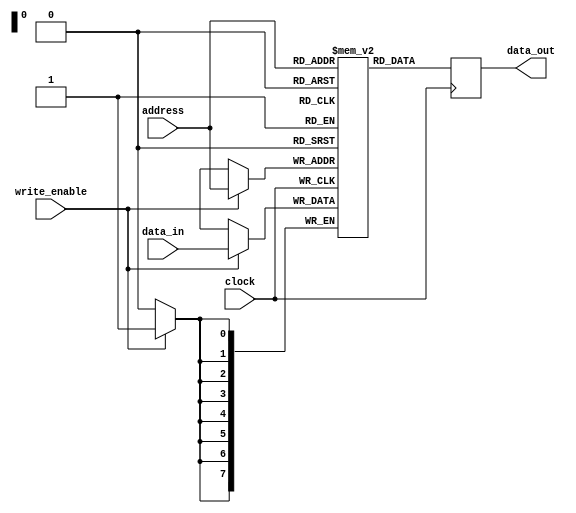
module shadow_register_file(
    input [7:0] address,
    input [7:0] data_in,
    input write_enable,
    input clock,
    output reg [7:0] data_out
);

reg [7:0] memory_blocks [0:255]; // Define memory blocks

always @(posedge clock) begin
    if(write_enable) begin
        memory_blocks[address] <= data_in; // Write to memory block
    end
    
    data_out <= memory_blocks[address]; // Read from memory block
    
end

endmodule